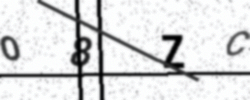
Text: O8ZC